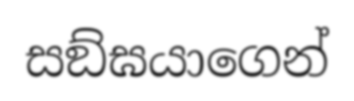
සඞ්ඝයාගෙන්